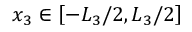
x _ { 3 } \in \left[ { - { L _ { 3 } } / 2 , { L _ { 3 } } / 2 } \right]